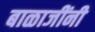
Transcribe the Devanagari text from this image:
बाळाजींनी